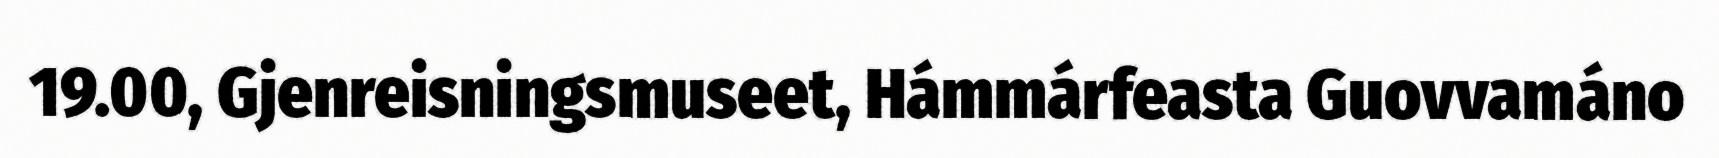
19.00, Gjenreisningsmuseet, Hámmárfeasta Guovvamáno